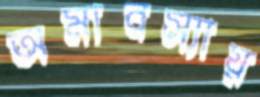
অমাবস্যায়